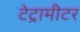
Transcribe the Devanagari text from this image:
टेट्रामीटर